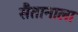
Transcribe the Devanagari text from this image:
सैतानाला